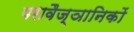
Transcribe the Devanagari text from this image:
परावैज्ञानिकों